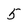
Character: 5